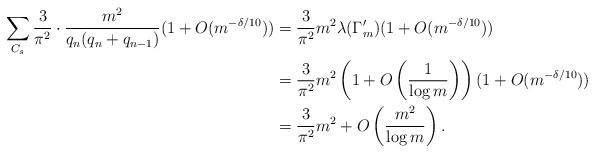
LaTeX: \begin{align*}\sum_{C_s} \frac{3}{\pi^2} \cdot \frac{m^2}{q_n(q_n+q_{n-1})} (1+O(m^{-\delta/10}))& = \frac{3}{\pi^2} m^2 \lambda( \Gamma'_m) (1+O(m^{-\delta/10})) \\&= \frac{3}{\pi^2} m^2 \left(1+O\left(\frac{1}{\log m}\right)\right) (1+O(m^{-\delta/10}))\\&= \frac{3}{\pi^2} m^2 + O\left( \frac{m^2}{\log m}\right).\end{align*}